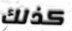
كذلك